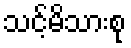
သင့်မိသားစု